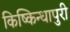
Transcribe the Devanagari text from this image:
किष्किन्धापुरी